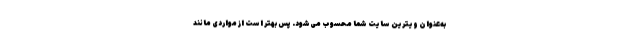
به‌عنوان ویترین سایت شما محسوب می‌شود. پس بهتر است از مواردی مانند